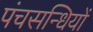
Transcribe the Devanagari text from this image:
पंचसन्धियों